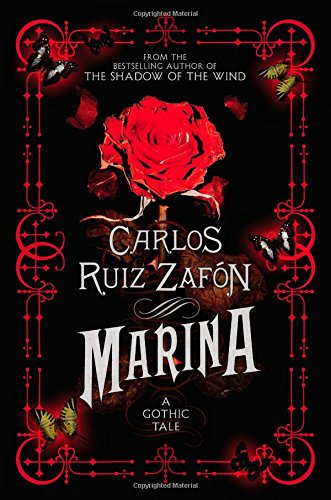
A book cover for Marina; Carlos Ruiz Zafon; Teen & Young Adult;